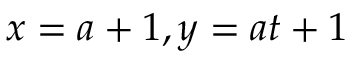
x = a + 1 , y = a t + 1